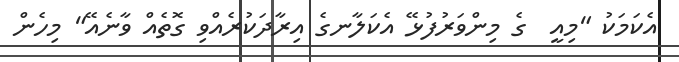
އެކަމަކު "މިއީ  ގެ މިންވަރުފުޅޭ އެކަލާނގެ އިރާދަކުރެއްވި ގޮތެއް ވާނެއޭ" މިހެން